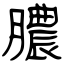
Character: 膿